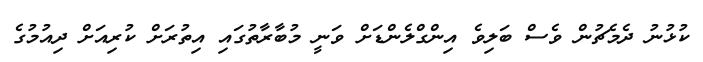
ކުޅުނު ދެމެޗުން ވެސް ބަލިވެ އިންގްލެންޑަށް ވަނީ މުބާރާތުގައި އިތުރަށް ކުރިއަށް ދިއުމުގެ